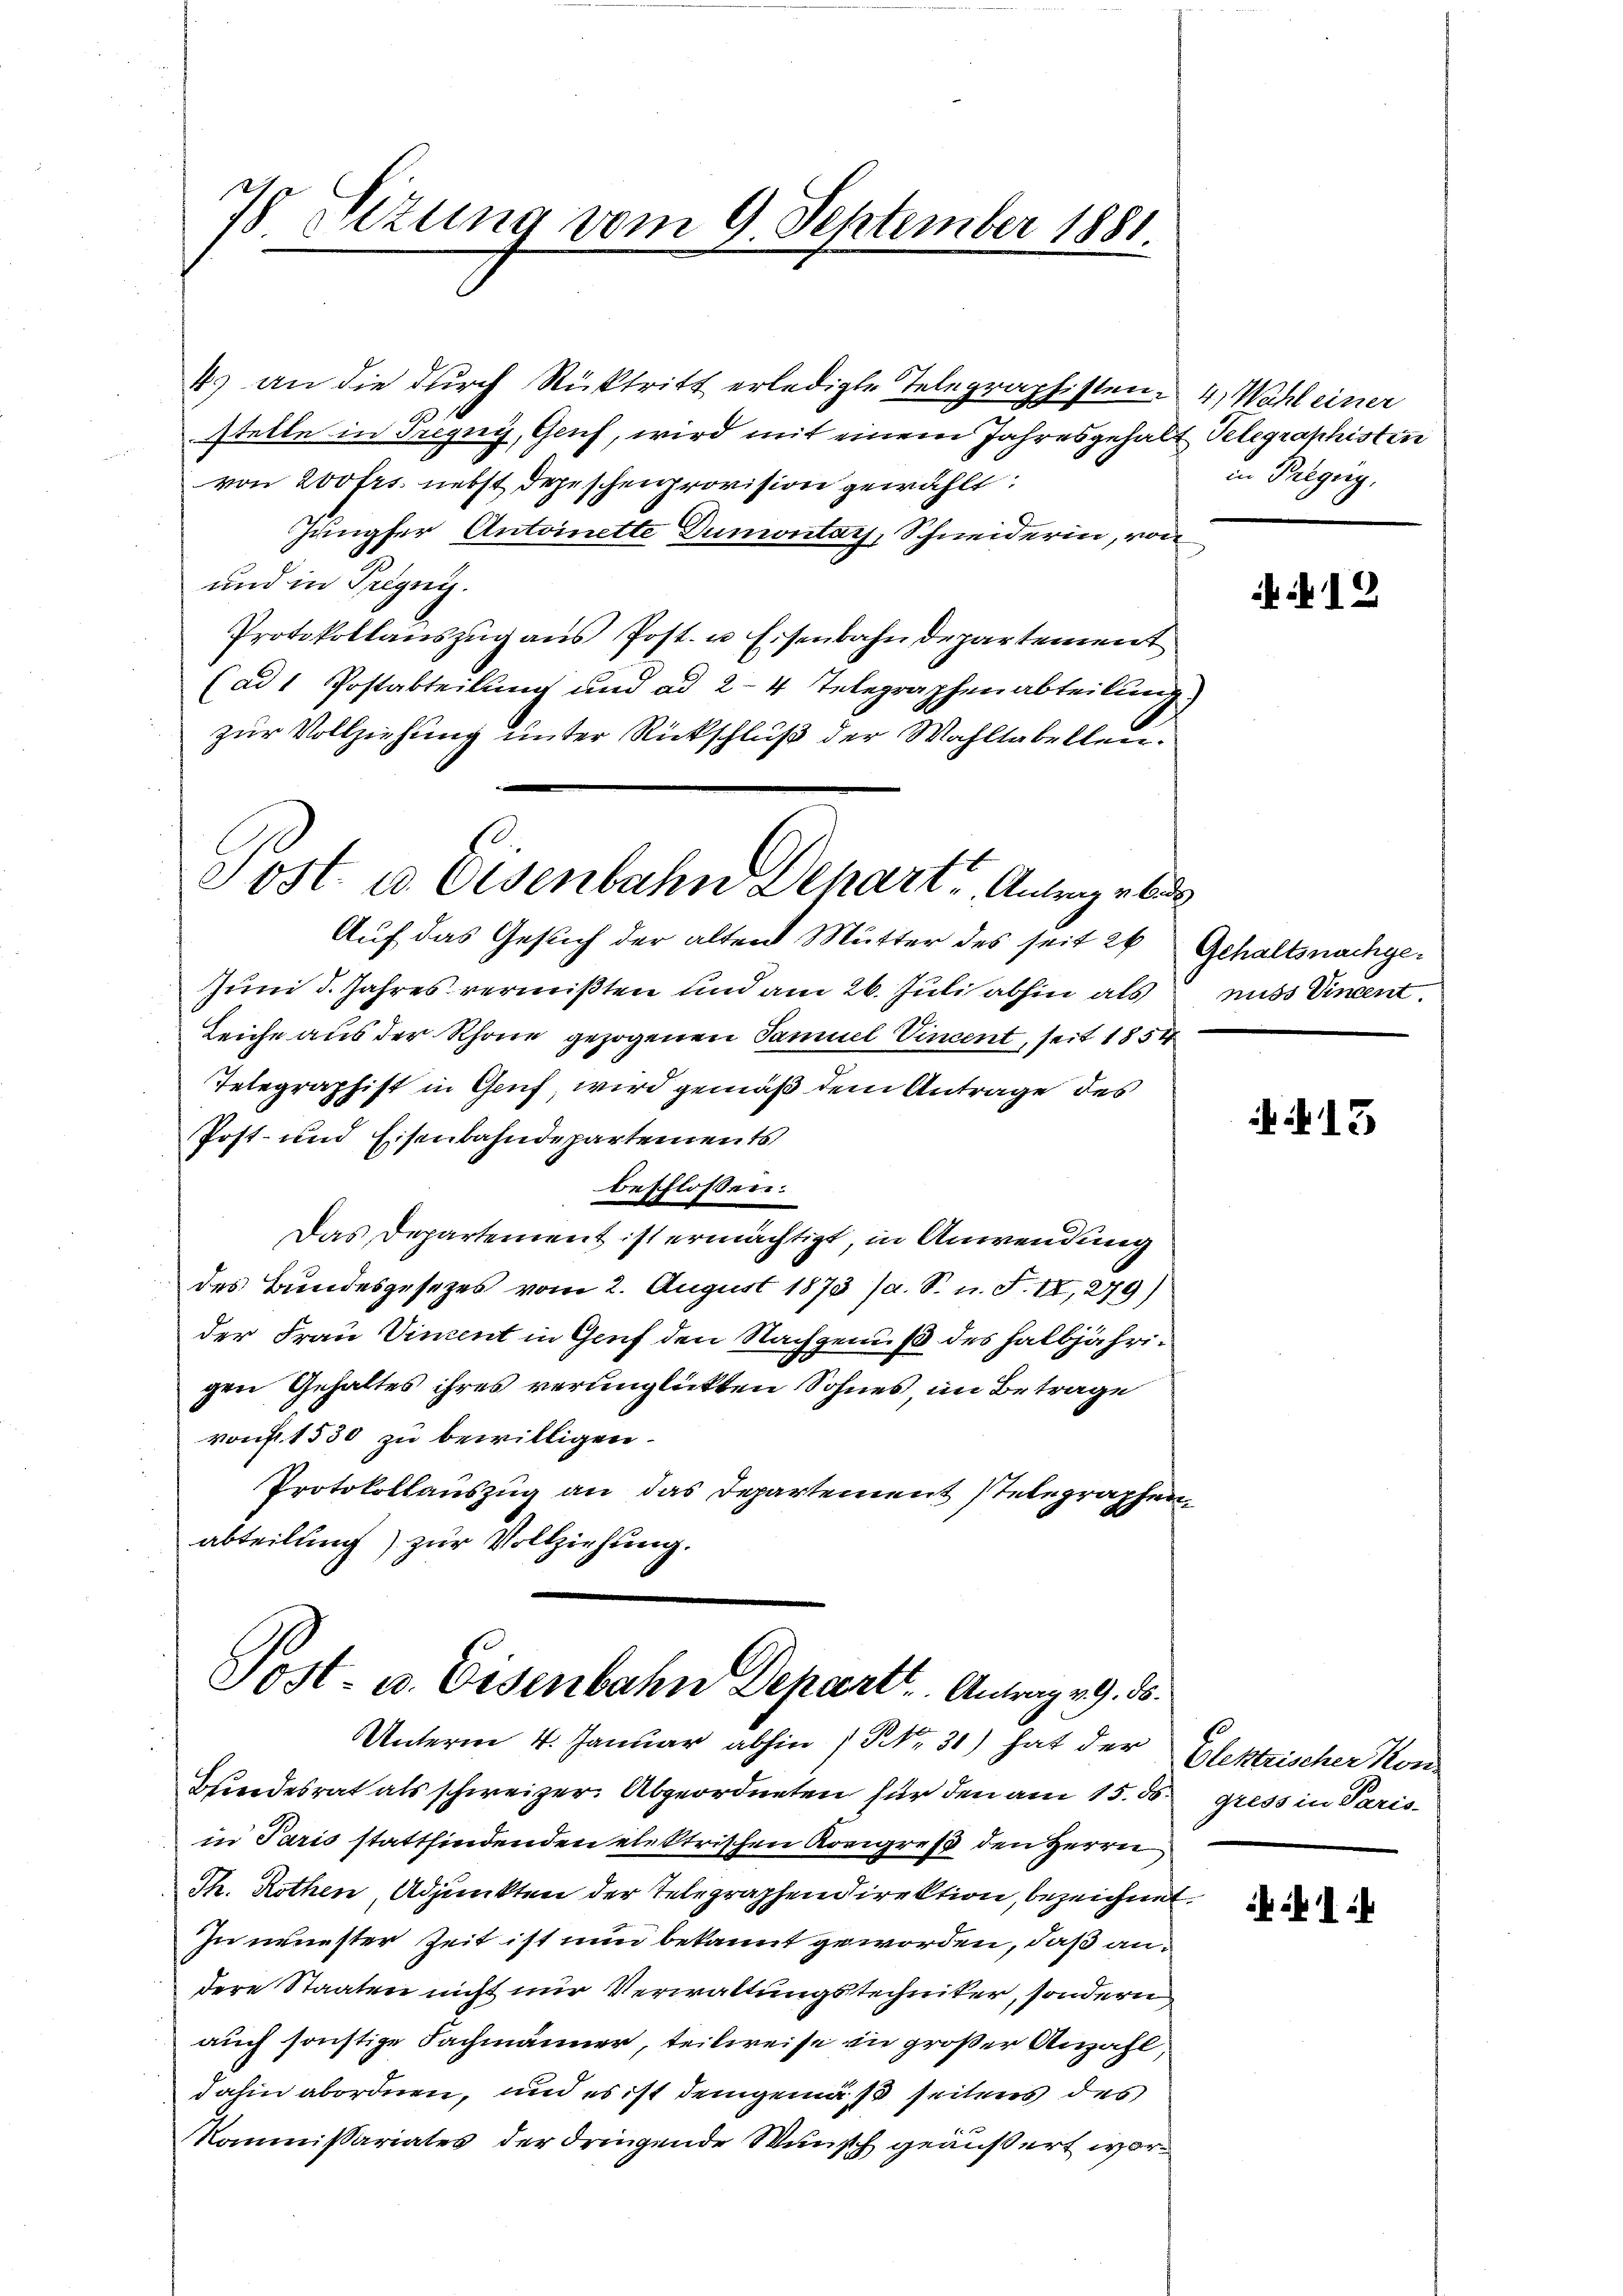
4) an die durch Rücktritt erledigte Telegraphisten 4. Wahl einer
stelle in Tregny, Genf, wird mit einem Jahresgehalt Telegraphistin
von 200 frs. nebst depeschenprovision gewählt:
Jungfer Antoinette Dumontag, Schneiderin, von
und in Trigny.
Protokollauszug aus Post- u Eisenbahndepartement
(ad 1 Postabteilung und ad 2-4 Telegraphenabteilung)
zur Vollziehung unter Rückschluß der Wahltabellen.

7 Nizung vom 9. September 1881.

Auf das Gesuch der alten Mutter des seit 26
Juni d. Jahres vermißten und am 26. Juli abhin als
Leiche aus der Rhone gezogenen Samuel Vincent, seit 1854
Telegraphist in Genf, wird gemäß dem Antrage des
Post- und Eisenbahndepartements
beschlossen:
Das Departement ist ermächtigt, in Anwendung
des Bundesgesetzes vom 2. August 1873 /d. S. n. F. II, 279)
der Frau Vincent in Genf den Nachgenuß des halbjährigen Gehaltes ihres verunglickten Sohnes, im Betrage
von 1530 zu bewilligen.
Protokollauszug an das Departement stelegraphenabteilung) zur Vollziehung.

Sost. u Osenbahn Dehart. Antrage bes

Tost- u. Eisenbahn Depart. Antrag v. 9. ds.
Unterm 4. Januar abhin 1 Fr. 31) hat der Elektrischer Kon¬

in Bregeng

Bundesrat als schweizer. Abgeordneten für den am 15. ds gress in Parisin Paris stattfindenden elektrischen Königreß den Herrn
Th. Rothen, Adjunkten der Telegraphendirektion, bezeichnet.
Zu neuester Zeit ist nun bekannt geworden, daß andere Staaten nicht nur Verwaltungstechniker, sondern
auch sonstige Fachmänner, teilweise zu großer Anzahl,
dahin abordnen, und es ist demgemäß seitens des
Kommissariates der dringende Wunsch geäußert wor¬

i 12

Gehaltsnachgenuss Vincent.

15

ik I